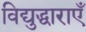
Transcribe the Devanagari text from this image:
विद्युद्धाराएँ